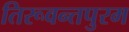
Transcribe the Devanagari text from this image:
तिरूवन्तपुरम